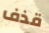
قذف